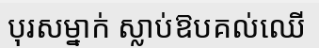
បុរសម្នាក់ ស្លាប់ឱបគល់ឈើ